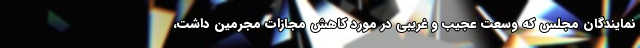
نمایندگان مجلس که وسعت عجیب و غریبی در مورد کاهش مجازات مجرمین داشت،